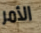
الأمر